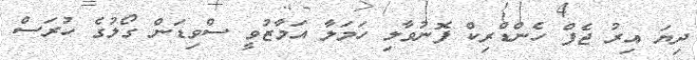
ދިޔަ އިރު ޖެފް ހެންޑްރިކް ފޮނުވާލި ހަމަލާ އަމާޒުވީ ސްވިޑަން ގޯލުގެ ހުރަސް